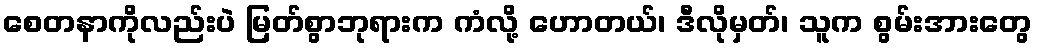
စေတနာကိုလည်းပဲ မြတ်စွာဘုရားက ကံလို့ ဟောတယ်၊ ဒီလိုမှတ်၊ သူက စွမ်းအားတွေ